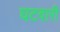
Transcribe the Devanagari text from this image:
घटवारी